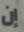
إن